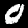
Label: 0